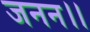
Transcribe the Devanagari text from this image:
जनन।।